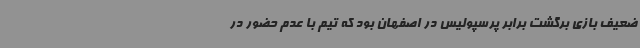
ضعیف بازی برگشت برابر پرسپولیس در اصفهان بود که تیم با عدم حضور در